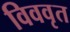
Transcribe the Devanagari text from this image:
विववृत